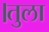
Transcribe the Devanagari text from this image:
।तुला